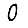
Digit: 0